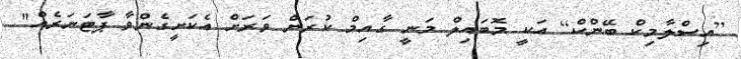
[އިސްލާމިކް ބޭންކް] އަކީ މޮބައިލް މަނީ ގާއިމް ކުރަން ވަރަަށް އެކަށީގެންވާ ޕާޓަނަރެއް"